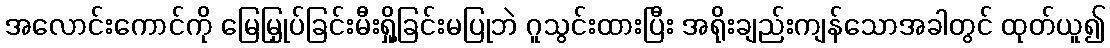
အလောင်းကောင်ကို မြေမြှုပ်ခြင်းမီးရှို့ခြင်းမပြုဘဲ ဂူသွင်းထားပြီး အရိုးချည်းကျန်သောအခါတွင် ထုတ်ယူ၍